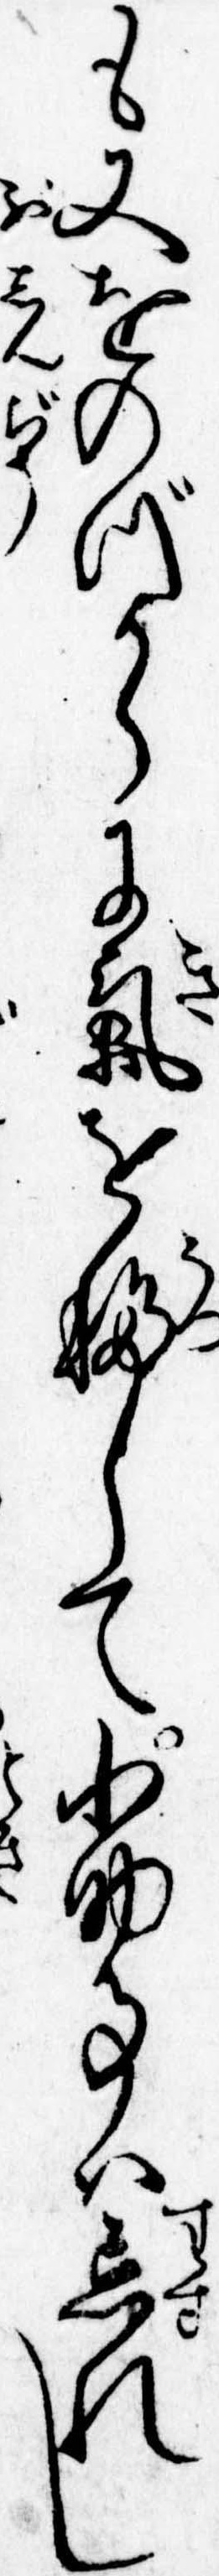
も又をのづからに気を移して小助事は忘れし